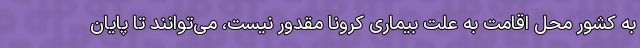
به کشور محل اقامت به علت بیماری کرونا مقدور نیست، می‌توانند تا پایان